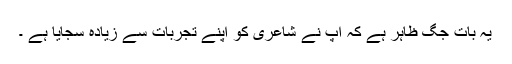
یہ بات جگ ظاہر ہے کہ آپ نے شاعری کو اپنے تجربات سے زیادہ سجایا ہے ۔